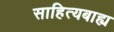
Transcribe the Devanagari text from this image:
साहित्यबाह्य